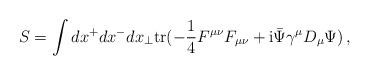
LaTeX: \begin{align*}S=\int dx^+ dx^- dx_\perp \mbox{tr}(-\frac{1}{4}F^{\mu\nu}F_{\mu\nu}+{\rm i}{\bar\Psi}\gamma^\mu D_\mu\Psi)\,,\end{align*}